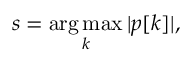
s = \underset { k } { \mathrm { a r g \, m a x } } \, | p [ k ] | ,